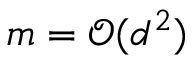
m = \mathcal { O } ( d ^ { 2 } )